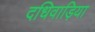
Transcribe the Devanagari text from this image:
दधिवाड़िया